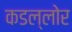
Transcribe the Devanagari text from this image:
कडल्लोर